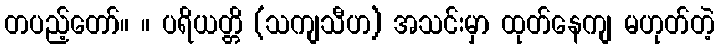
တပည့်တော်။ ။ ပရိယတ္တိ (သကျသီဟ) အသင်းမှာ ထုတ်နေကျ မဟုတ်တဲ့